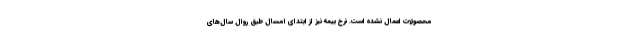
محصولات اعمال نشده است. نرخ بیمه نیز از ابتدای امسال طبق روال سال‌های